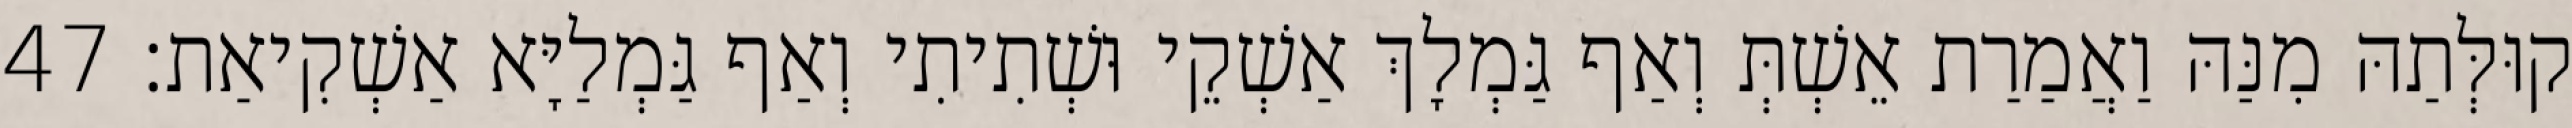
קוּלְּתַהּ מִנַּהּ וַאֲמַרַת אֵשְׁתְּ וְאַף גַּמְלָךְ אַשְׁקֵי וּשְׁתִיתִי וְאַף גַּמְלַיָּא אַשְׁקִיאַת׃ 47